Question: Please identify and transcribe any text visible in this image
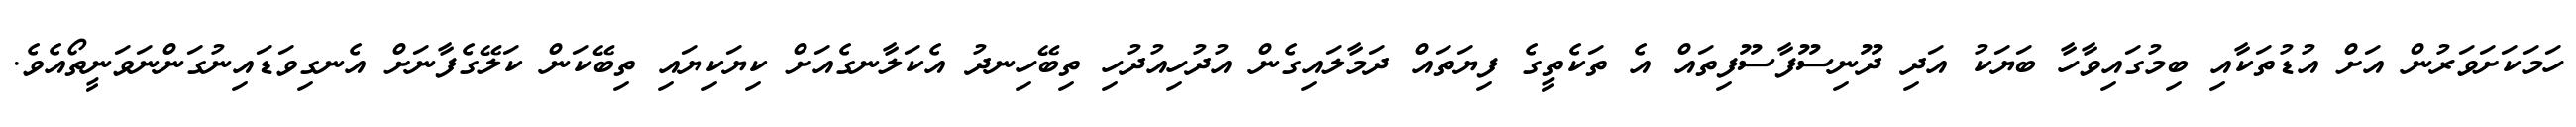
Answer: ހަމަކަށަވަރުން އަށް އުޑުތަކާއި ބިމުގައިވާހާ ބަޔަކު އަދި ދޫނިސޫފާސޫފިތައް އެ ތަކެތީގެ ފިޔަތައް ދަމާލައިގެން އުދުހިއުދުހި ތިބޭހިނދު އެކަލާނގެއަށް ކިޔަކިޔައި ތިބޭކަން ކަލޭގެފާނަށް އެނގިވަޑައިނުގަންނަވަނީތޯއެވެ.